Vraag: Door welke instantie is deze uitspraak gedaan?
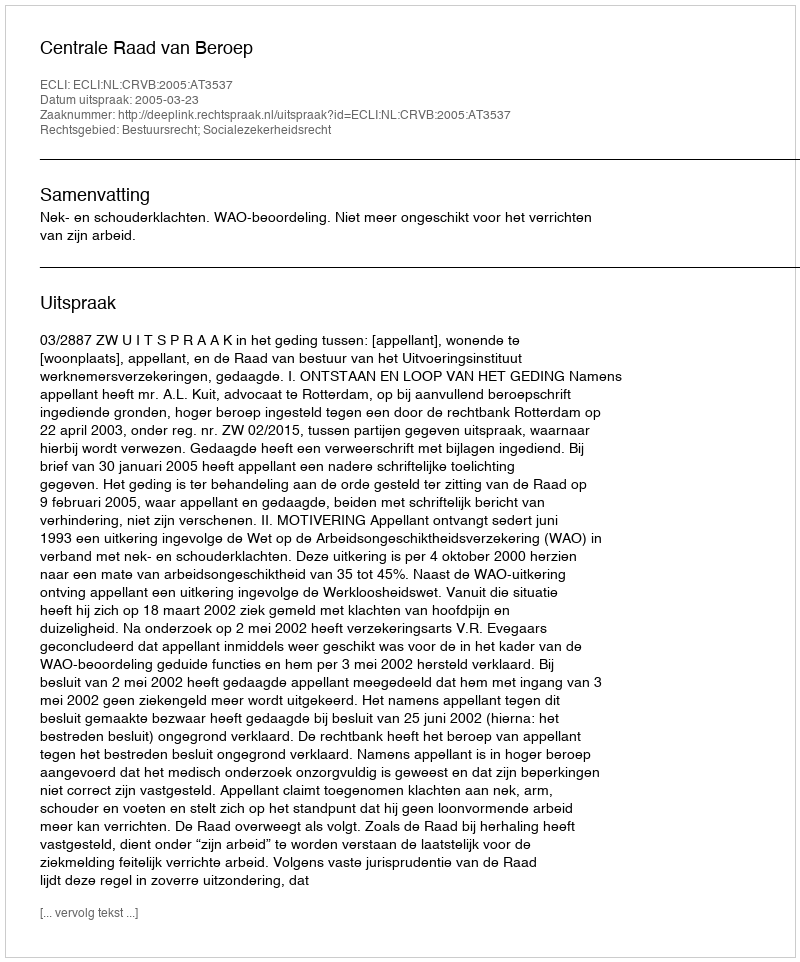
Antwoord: Centrale Raad van Beroep